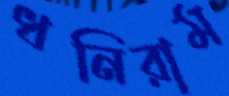
ধনিরাম